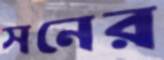
সনের